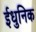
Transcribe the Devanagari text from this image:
ईधुनिक